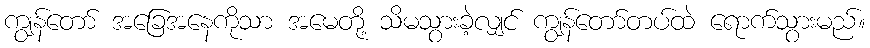
ကျွန်တော် အခြေအနေကိုသာ အမေတို့ သိမသွားခဲ့လျှင် ကျွန်တော်တပ်ထဲ ရောက်သွားမည်။